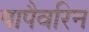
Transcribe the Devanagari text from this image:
पापैवरिन